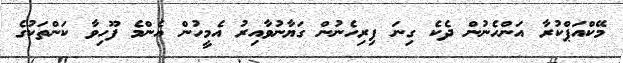
މޭކްއަޕްކުރާ އަންހެނުން ދެކެ ގިނަ ފިރިހެނުން ގަޔާނުވާއިރު އެމީހުން އެންމެ ފޫހިވާ ކަންތަކުގެ